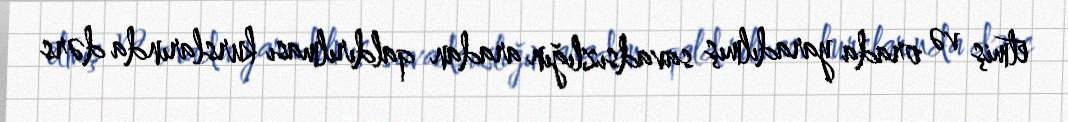
etmiş və orada yaradılmış savadsızlığın aradan qaldırılması kurslarında dərs